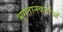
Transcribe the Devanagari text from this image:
भुगतानकर्ताओं